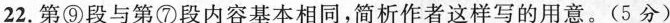
22.第⑨段与第⑦段内容基本相同，简析作者这样写的用意。(5分)